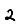
Digit: 2